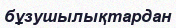
бұзушылықтардан